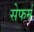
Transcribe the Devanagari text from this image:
सेफर्म